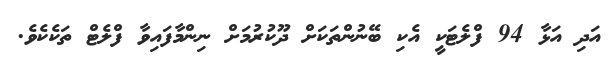
އަދި އަޅާ 94 ފްލެޓަކީ އެކި ބޭނުންތަކަށް ދޫކުރުމަށް ނިންމާފައިވާ ފްލެޓް ތަކެކެވެ.